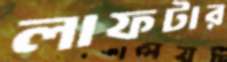
লাফটার